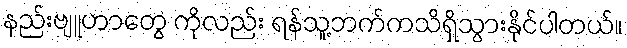
နည်းဗျူဟာတွေ ကိုလည်း ရန်သူ့ဘက်ကသိရှိသွားနိုင်ပါတယ်။